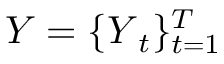
\boldsymbol { Y } = \{ \boldsymbol { Y } _ { t } \} _ { t = 1 } ^ { T }